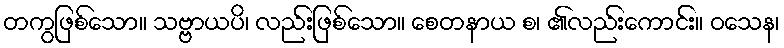
တကွဖြစ်သော။ သဗ္ဗာယပိ၊ လည်းဖြစ်သော။ စေတနာယ စ၊ ၏လည်းကောင်း။ ဝသေန၊